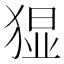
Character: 𭸚